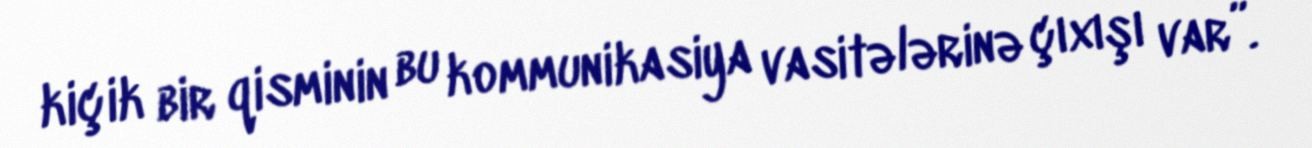
kiçik bir qisminin bu kommunikasiya vasitələrinə çıxışı var”.